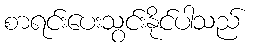
စာရင်းပေးသွင်းနိုင်ပါသည်